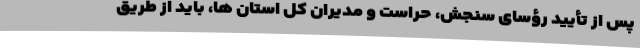
پس از تأیید رؤسای سنجش، حراست و مدیران کل استان ها، باید از طریق